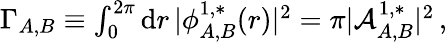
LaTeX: \begin{array}{r}{\Gamma_{A,B}\equiv\int_{0}^{2\pi}\mathrm{d}{r}\, \vert\phi_{A,B}^{1,*}({r})\vert^{2}=\pi\vert\mathcal{A}_{A,B}^{1,*}\vert^{2}\, ,}\end{array}